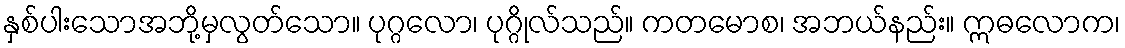
နှစ်ပါးသောအဘို့မှလွတ်သော။ ပုဂ္ဂလော၊ ပုဂ္ဂိုလ်သည်။ ကတမောစ၊ အဘယ်နည်း။ ဣဓလောက၊